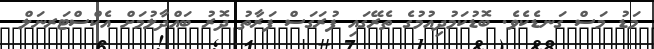
މަޑު މަސް ގަނޑެކެވެ. ބޮޑުކަމުދިއުމުގެ ތެރޭގައި ފުރަގަސް ފަރާތު ދޮރު ބައްދާލުމަށް އެކްސްޓަރނަލް